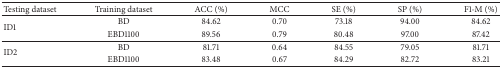
<table><thead><tr><td><b>Testing dataset</b></td><td><b>Training dataset</b></td><td><b>ACC (%)</b></td><td><b>MCC</b></td><td><b>SE (%)</b></td><td><b>SP (%)</b></td><td><b>F1-M (%)</b></td></tr></thead><tbody><tr><td rowspan="2">ID1</td><td>BD</td><td>84.62</td><td>0.70</td><td>73.18</td><td>94.00</td><td>84.62</td></tr><tr><td>EBD1100</td><td>89.56</td><td>0.79</td><td>80.48</td><td>97.00</td><td>87.42</td></tr><tr><td rowspan="2">ID2</td><td>BD</td><td>81.71</td><td>0.64</td><td>84.55</td><td>79.05</td><td>81.71</td></tr><tr><td>EBD1100</td><td>83.48</td><td>0.67</td><td>84.29</td><td>82.72</td><td>83.21</td></tr></tbody></table>